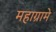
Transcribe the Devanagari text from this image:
महाग्रामे